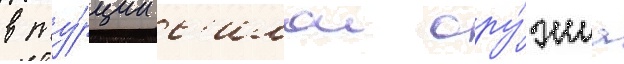
в ту́рции с'илои ору́жиа